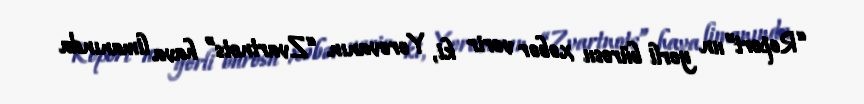
“Report”un yerli bürosu xəbər verir ki, Yerevanın “Zvartnots” hava limanında